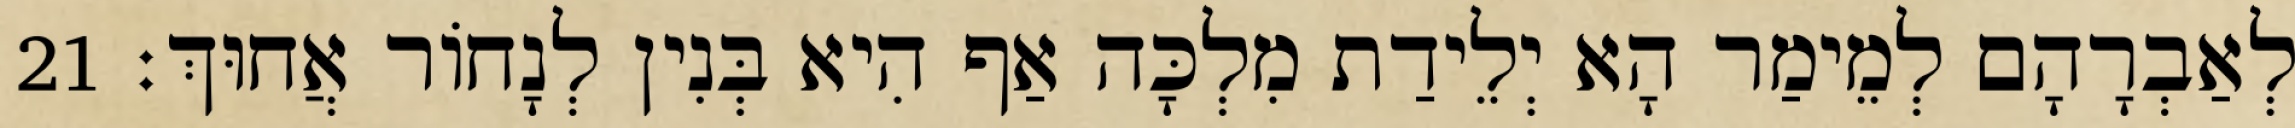
לְאַבְרָהָם לְמֵימַר הָא יְלֵידַת מִלְכָּה אַף הִיא בְּנִין לְנָחוֹר אֲחוּךְ׃ 21